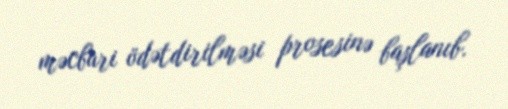
məcburi ödətdirilməsi prosesinə başlanıb.